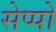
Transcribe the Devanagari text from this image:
सेप्पो